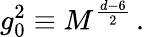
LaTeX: g_{0}^{2}\equiv M^{\frac{d-6}{2}}\, .